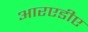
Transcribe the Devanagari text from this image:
आरएडीए